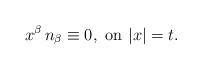
LaTeX: \begin{align*}x^{\beta}\,n_{\beta}\equiv 0,\,\,{\rm on}\,\,|x|=t.\end{align*}